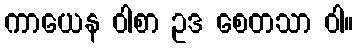
ကာယေန ဝါစာ ဥဒ စေတသာ ဝါ။